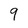
Character: 9